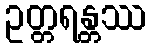
ဥတ္တရန္တဿ